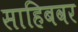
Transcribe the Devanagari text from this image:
साहिबवर